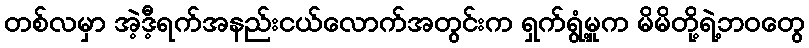
တစ်လမှာ အဲ့ဒီ့ရက်အနည်းငယ်လောက်အတွင်းက ရှက်ရွံ့မှုက မိမိတို့ရဲ့ဘဝတွေ